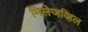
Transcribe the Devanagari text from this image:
मिलेजव्हिल